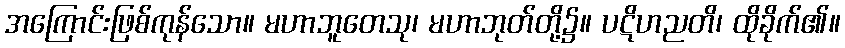
အကြောင်းဖြစ်ကုန်သော။ မဟာဘူတေသု၊ မဟာဘုတ်တို့၌။ ပဋိဟညတိ၊ ထိုခိုက်၏။